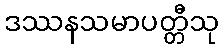
ဒဿနသမာပတ္တီသု